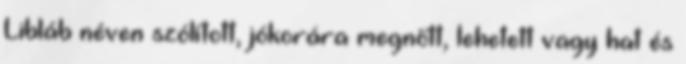
Libláb néven szólított, jókorára megnőtt, lehetett vagy hat és